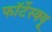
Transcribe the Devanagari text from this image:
फॉर्टेस्क्यू